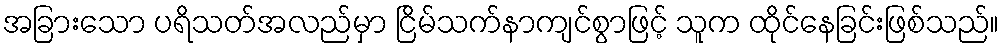
အခြားသော ပရိသတ်အလည်မှာ ငြိမ်သက်နာကျင်စွာဖြင့် သူက ထိုင်နေခြင်းဖြစ်သည်။